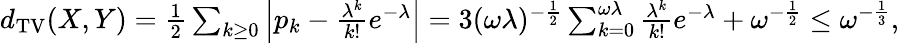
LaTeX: \begin{array}{r}{d_{\mathrm{TV}}(X,Y)=\frac{1}{2}\sum_{k\geq 0}\left|p_{k}-\frac{\lambda^{k}}{k!}e^{-\lambda}\right|=3(\omega\lambda)^{-\frac{1}{2}}\sum_{k=0}^{\omega\lambda}\frac{\lambda^{k}}{k!}e^{-\lambda}+\omega^{-\frac{1}{2}}\leq\omega^{-\frac{1}{3}},}\end{array}